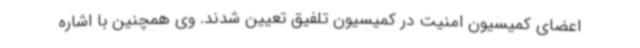
اعضای کمیسیون امنیت در کمیسیون تلفیق تعیین شدند. وی همچنین با اشاره